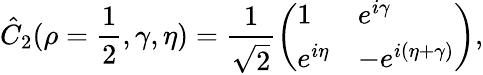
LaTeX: \hat{C}_{2}(\rho=\frac{1}{2},\gamma,\eta)=\frac{1}{\sqrt{2}}\left(\begin{array}{ll}{1}&{e^{i\gamma}}\\ {e^{i\eta}}&{-e^{i(\eta+\gamma)}}\end{array}\right),